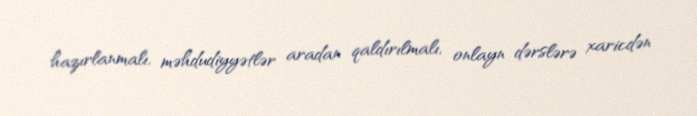
hazırlanmalı, məhdudiyyətlər aradan qaldırılmalı, onlayn dərslərə xaricdən